Report on lock hospitals in British Burma
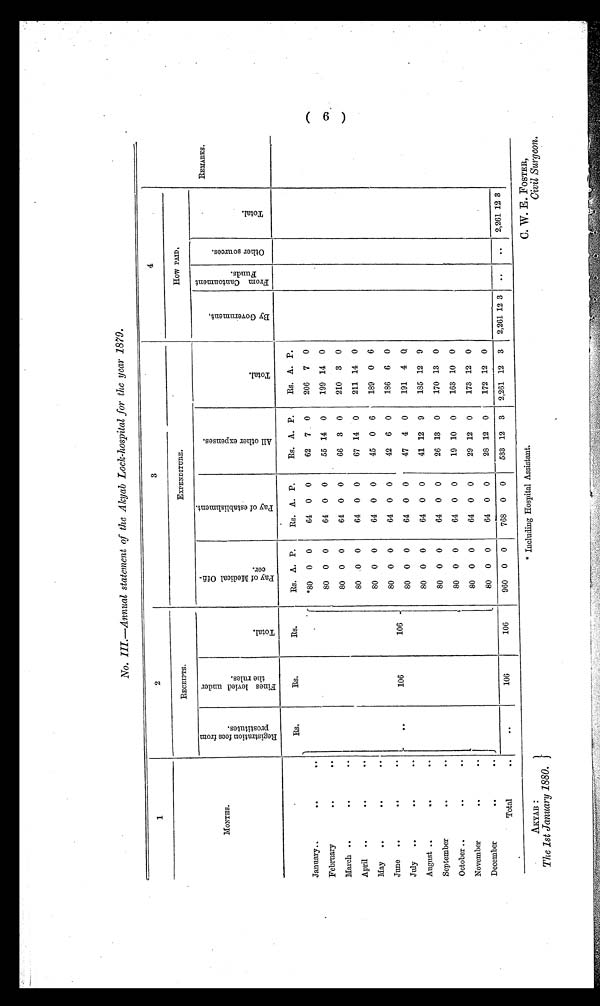
AKYAB :
The 1st January 1880. }
* Including Hospital Assistant.
C. W. E. FOSTER,
Civil Surgeon.
No. III.—Annual statement of the Akyab Lock-hospital for the year 1879.
1
2
3
4
REMARKS.
RECEIPTS.
EXPENDITURE.
flow PAID.
M O N T H S .
R e g i s t r a t i o n f e e s f r o m p r o s t i t u t e s .
F i n e s l e v i e d u n d e r t h e r u l e s .
T o t a l .
P a y o f M e d i c a l o f f i c e r .
P a y o f e s t a b l i s h m e n t .
A l l o t h e r e x p e n s e s .
T o t a l .
B y G o v e r n m e n t .
F r o m c a n t o n m e n t F u n d s .
O t h e r s o u r c e
T o t a l .
Rs.
Es,
Rs.
Rs. A. P.
Rs. A. P.
Es. A. P.
Rs. A. P.
January..
..
. .
*80 0 0
64 0 0
62
7 0
206
7
0
February
..
. .
80 0 0
64 0 0
55 14 0
199 14 0
March ..
..
. .
80 0
0
64 0
0
66
3
0
210
3
0
April
..
..
. .
80
0 0
64 0 0
67 14 0
211 14 0
May
..
..
. .
80 0
0
64 0 0
45
0 6
189
0 6
June
..
..
..
80 0 0
64 0 0
42
6 0
186
6
0
July
..
..
. .
106
106
80 0
0
64 0 0
47
4 0
191
4
0
August ..
..
. .
80 0 0
64 0
0
41 12 9
185 12 9
September
..
. .
80 0 0
64 0 0
26 13
0
170 13
0
October ..
. .
80 0 0
64 0 0
19 10 0
163 10 0
November
..
. .
80
0
0
64 0
0
29 12
0
173 12
0
December
..
..
80 0 0
64 0 0
28 12
0
172 12 0
Total
. .
106
106
960 0 0
768
0
0
533 12 3
2,261 12 3
2,261 12 3
..
..
2,261 12 3
(6)